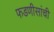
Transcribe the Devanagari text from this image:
फडणीसांची